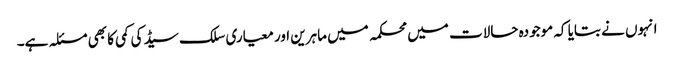
انہوں نے بتایا کہ موجودہ حالات میں محکمہ میں ماہرین اور معیاری سلک سیڈ کی کمی کا بھی مسئلہ ہے۔